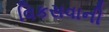
વિકસવાની